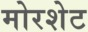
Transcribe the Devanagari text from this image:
मोरशेट